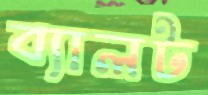
ব্যালট